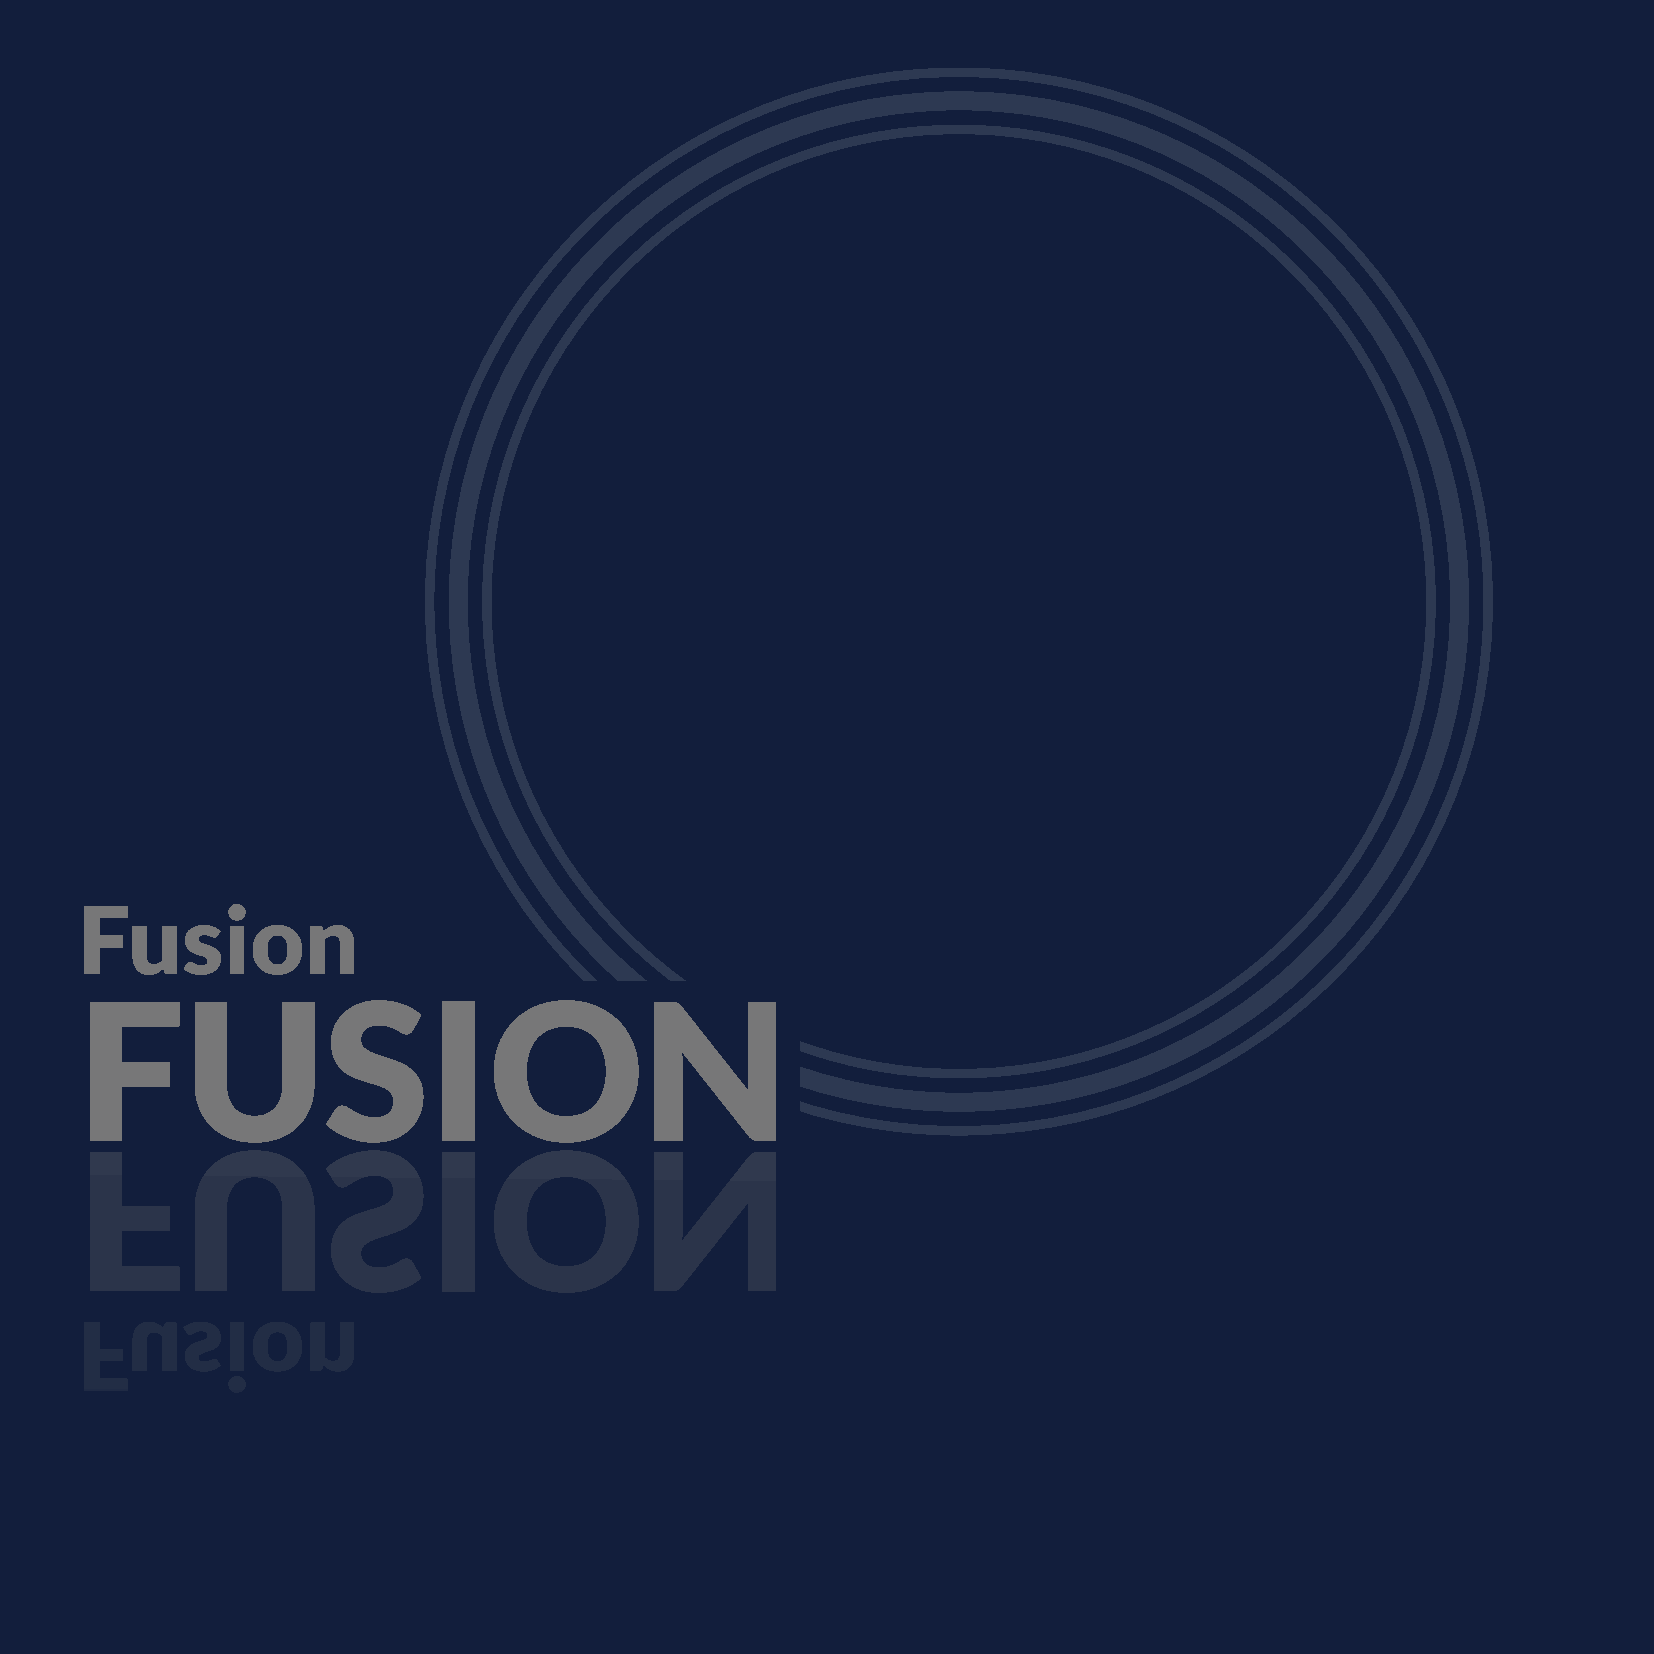
Fusion
 FUSION
 FF
 u
 Us
 i o  n
 S      I   O          N